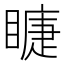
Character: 𥊆